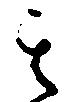
其